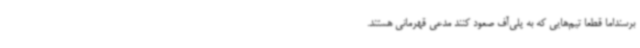
برسنداما قطعا تیم‌هایی که به پلی‌آف صعود کنند مدعی قهرمانی هستند.